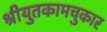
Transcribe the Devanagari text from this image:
श्रीयुतकामचुकार